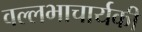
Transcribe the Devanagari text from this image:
वल्लभाचार्यकी